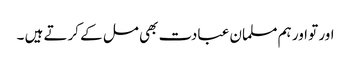
اور تو اور ہم مسلمان عبادت بھی مل کے کرتے ہیں ۔